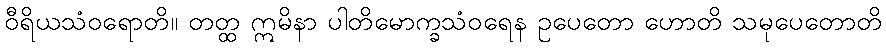
ဝီရိယသံဝရောတိ။ တတ္ထ ဣမိနာ ပါတိမောက္ခသံဝရေန ဥပေတော ဟောတိ သမုပေတောတိ